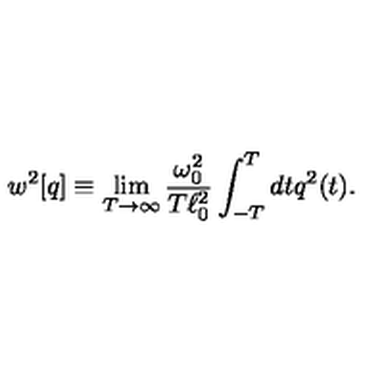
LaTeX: w ^ { 2 } [ q ] \equiv \lim _ { T \rightarrow \infty } { \frac { \omega _ { 0 } ^ { 2 } } { T \ell _ { 0 } ^ { 2 } } } \int _ { - T } ^ { T } d t q ^ { 2 } ( t ) .